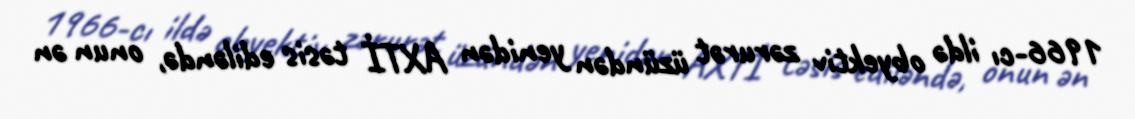
1966-cı ildə obyektiv zərurət üzündən yenidən AXTİ təsis ediləndə, onun ən